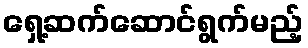
ရှေ့ဆက်ဆောင်ရွက်မည့်